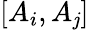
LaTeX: [A_{i},A_{\mathit{j}}]